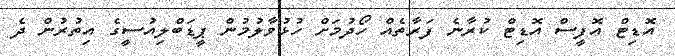
އޮޑިޓް އޮފީސް އޮޑިޓް ކުރާނެ ފަރާތެއް ހޯދުމަށް ހުޅުވާލުމުން ޕީޑަބްލިއުސީގެ އިތުރުން ދެ